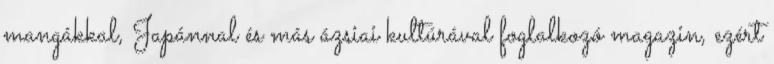
mangákkal, Japánnal és más ázsiai kultúrával foglalkozó magazin, ezért